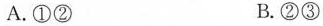
A.①② B.②③